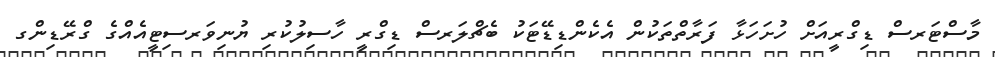
މާސްޓަރސް ޑިގްރީއަށް ހުށަހަޅާ ފަރާތްތަކުން އެކެންޑިޑޭޓަކު ބެޗްލަރސް ޑިގްރީ ހާސިލުކުރި ޔުނިވަރސިޓީއެއްގެ ގްރޭޑިންގ